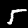
Digit: 5